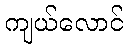
ကျယ်လောင်